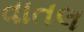
વાતલ